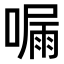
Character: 𠼇